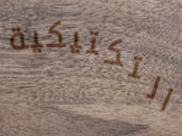
التكتيكية